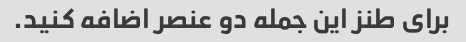
برای طنز این جمله دو عنصر اضافه کنید.